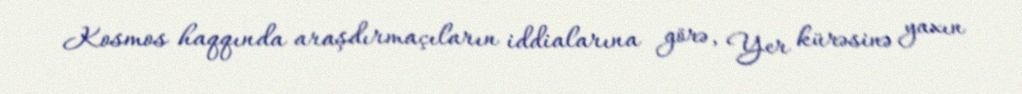
Kosmos haqqında araşdırmaçıların iddialarına görə, Yer kürəsinə yaxın